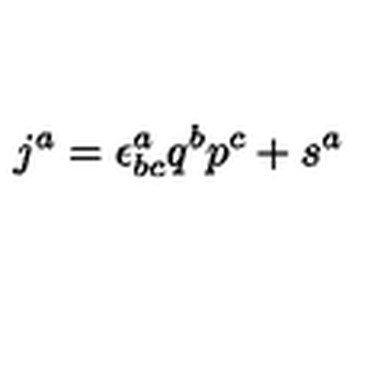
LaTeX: j ^ { a } = \epsilon _ { b c } ^ { a } q ^ { b } p ^ { c } + s ^ { a }